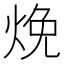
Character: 𬊕